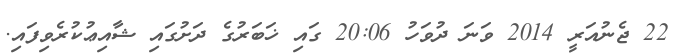
22 ޖެނުއަރީ 2014 ވަނަ ދުވަހު 20:06 ގައި ޚަބަރުގެ ދަށުގައި ޝާއިޢުކުރެވިފައި.